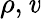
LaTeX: \rho,\mathit{v}